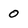
Character: 0